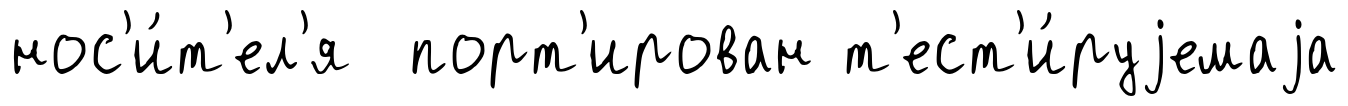
нос'и́т'ел'я порт'ирован т'ест'и́руjемаjа